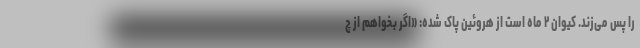
را پس می‌زند. کیوان ۲ ماه است از هروئین پاک شده: «اگر بخواهم از چ